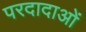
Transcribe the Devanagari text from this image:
परदादाओं